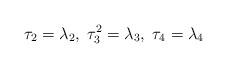
LaTeX: \begin{align*}\tau_2 = \lambda_2, \; \tau^2_3 = \lambda_3, \; \tau_4 = \lambda_4 \end{align*}